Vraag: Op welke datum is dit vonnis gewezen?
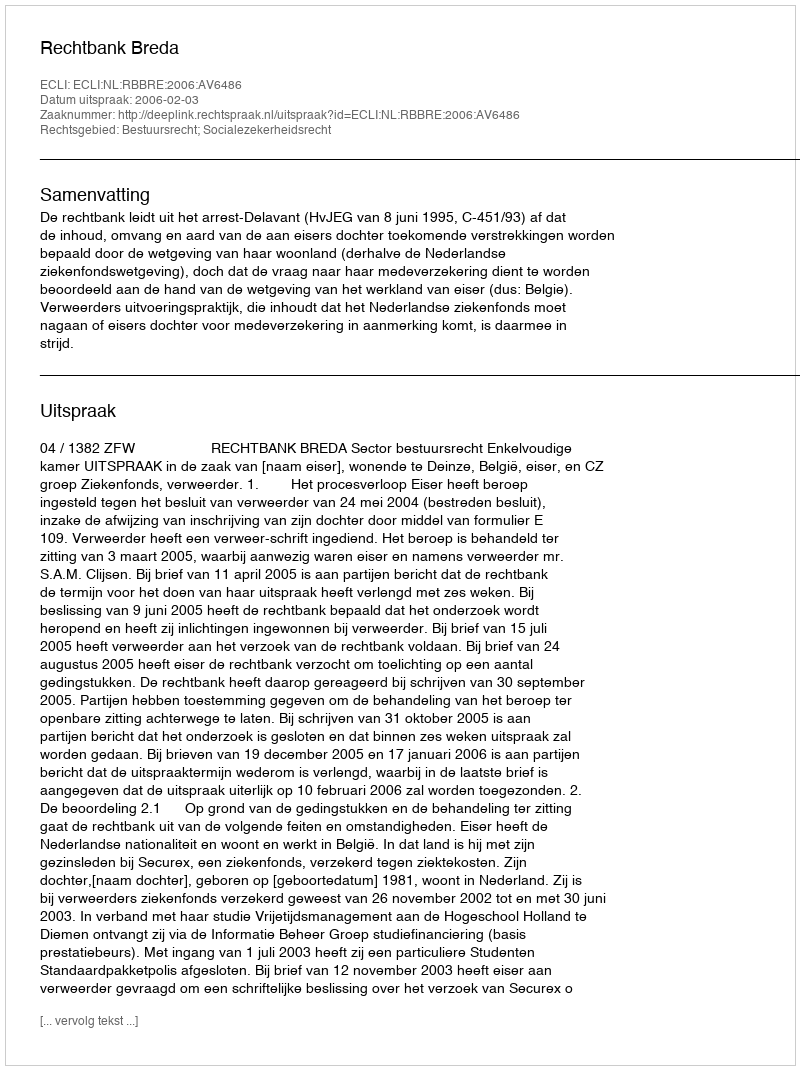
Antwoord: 2006-02-03